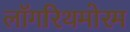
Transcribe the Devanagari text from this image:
लॉगरिथमोरम